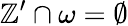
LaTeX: \mathbb{Z}^{\prime}\cap\omega=\emptyset